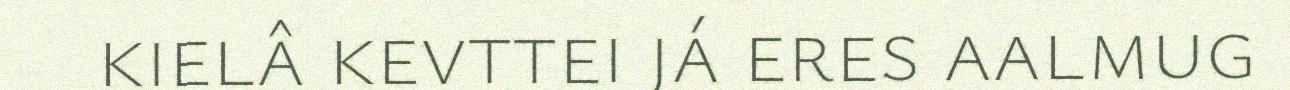
kielâ kevttei já eres aalmug